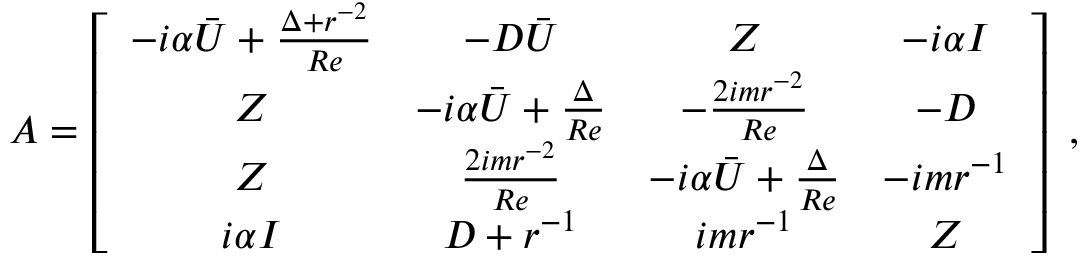
\boldsymbol { A } = \left[ \begin{array} { c c c c } { - i \alpha \boldsymbol { \bar { U } } + \frac { \boldsymbol { \Delta } + \boldsymbol { r } ^ { - 2 } } { R e } } & { - \boldsymbol { D } \boldsymbol { \bar { U } } } & { \boldsymbol { Z } } & { - i \alpha \boldsymbol { I } } \\ { \boldsymbol { Z } } & { - i \alpha \boldsymbol { \bar { U } } + \frac { \boldsymbol { \Delta } } { R e } } & { - \frac { 2 i m \boldsymbol { r } ^ { - 2 } } { R e } } & { - \boldsymbol { D } } \\ { \boldsymbol { Z } } & { \frac { 2 i m \boldsymbol { r } ^ { - 2 } } { R e } } & { - i \alpha \boldsymbol { \bar { U } } + \frac { \boldsymbol { \Delta } } { R e } } & { - i m \boldsymbol { r } ^ { - 1 } } \\ { i \alpha \boldsymbol { I } } & { \boldsymbol { D } + \boldsymbol { r } ^ { - 1 } } & { i m \boldsymbol { r } ^ { - 1 } } & { \boldsymbol { Z } } \end{array} \right] \mathrm { ~ , ~ }